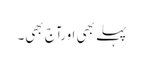
پہلے بھی اورآج بھی۔